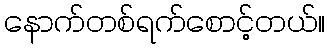
နောက်တစ်ရက်စောင့်တယ်။